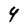
Character: 4